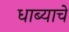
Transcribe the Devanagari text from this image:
धाब्याचे